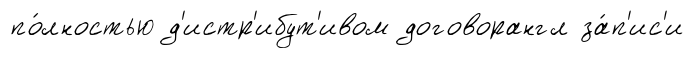
по́лностью д'истр'ибут'ивом договорангл за́п'ис'и